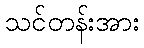
သင်တန်းအား